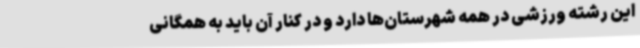
این رشته ورزشی در همه شهرستان‌ها دارد و در کنار آن باید به همگانی